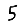
Digit: 5